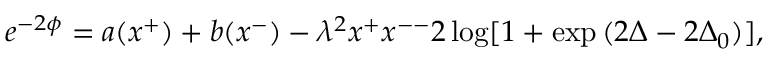
e ^ { - 2 \phi } = a ( x ^ { + } ) + b ( x ^ { - } ) - \lambda ^ { 2 } x ^ { + } x ^ { -- } 2 \log [ 1 + \exp { ( 2 \Delta - 2 \Delta _ { 0 } ) } ] ,